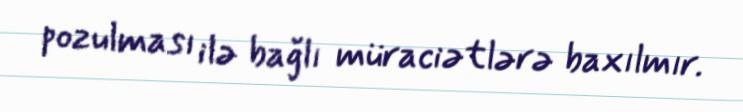
pozulması ilə bağlı müraciətlərə baxılmır.